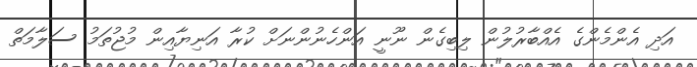
އަދި އެންމެންގެ އެއްބާރުލުން ލިބިގެން ނޫނީ އަންހެނުންނަށް ކުރާ އަނިޔާއިން މުޖުތަމު ސަލާމަތް